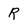
Character: R